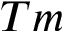
T m